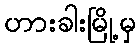
ဟားခါးမြို့မှ